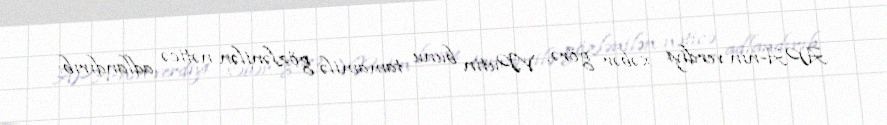
APA-nın verdiyi xəbər görə, V.Putin bunu tamamilə gözlənilən nəticə adlandırıb: